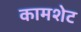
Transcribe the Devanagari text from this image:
कामशेट